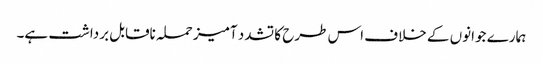
ہمارے جوانوں کے خلاف اس طرح کا تشدد آمیز حملہ ناقابل برداشت ہے۔